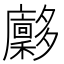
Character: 𪥀